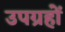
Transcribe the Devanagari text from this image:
उपग्रहोंं